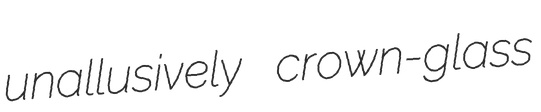
unallusively crown-glass